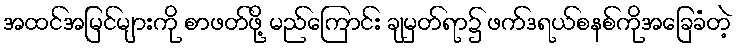
အထင်အမြင်များကို စာဖတ်ဖို့ မည်ကြောင်း ချမှတ်ရာ၌ ဖက်ဒရယ်စနစ်ကိုအခြေခံတဲ့